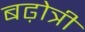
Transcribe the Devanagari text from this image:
बढ़ोत्री